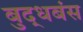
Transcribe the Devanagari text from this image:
बुद्धबंस